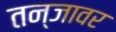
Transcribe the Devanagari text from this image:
तन्जावर